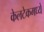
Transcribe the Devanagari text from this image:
केलटेकमध्ये